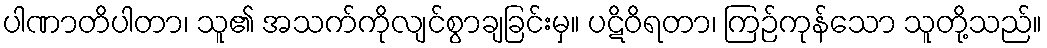
ပါဏာတိပါတာ၊ သူ၏ အသက်ကိုလျင်စွာချခြင်းမှ။ ပဋိဝိရတာ၊ ကြဉ်ကုန်သော သူတို့သည်။